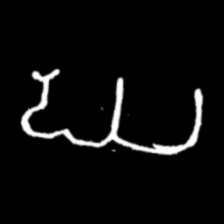
Pyu character \u2014 Myanmar letter: ဃ (romanized: gha)